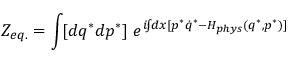
{ \cal Z } _ { e q . } = \int \! [ d q ^ { * } d p ^ { * } ] ~ e ^ { i \! \! \int \! \! d x [ p ^ { * } \dot { q } ^ { * } - H _ { p h y s } ( q ^ { * } , p ^ { * } ) ] }